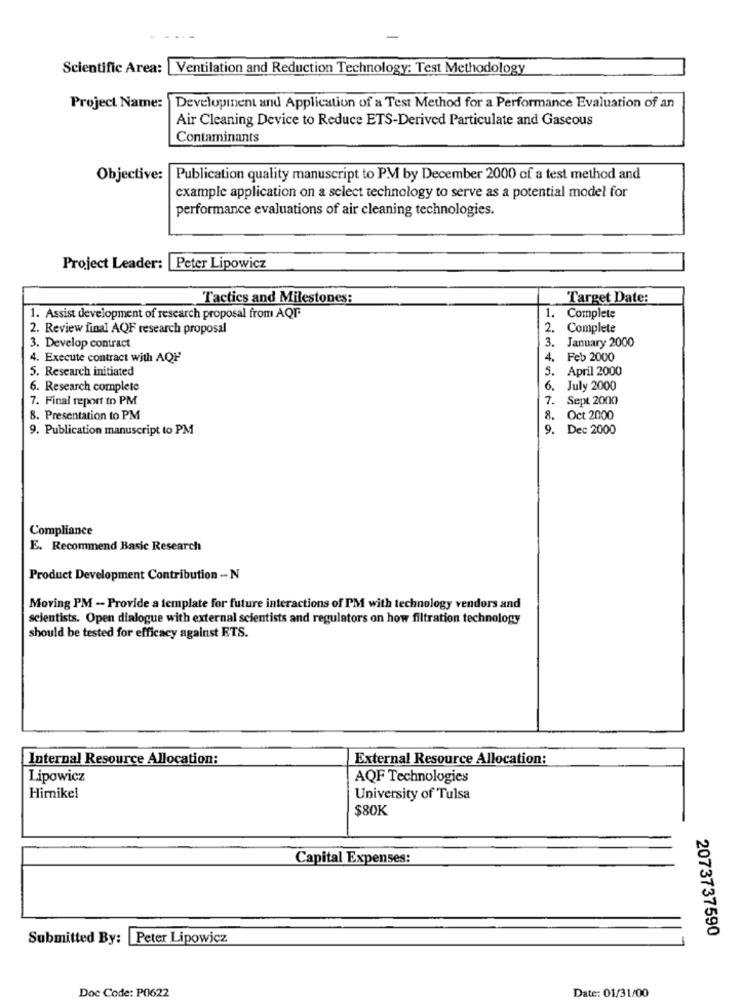
Scientific Area:[
Ventilation and Reduction Technology: Test Methodology
Project Name:
Development and Application of a Test Method for a Performance Evaluation of an
Air Cleaning Device to Reduce ETS-Derived Particulate and Gaseous
Contaminants
Objective: Publication quality manuscript to PM by December 2000 of a test method and
example application on a select technology to serve as a potential model for
performance evaluations of air cleaning technologies.
Project Leader: Peter Lipowicz
Tactics and Milestones:
Target Date:
1. Assist development of research proposal from AQF
1. Complete
2. Review final AQF research proposal
2. Complete
3. January 2000
3. Develop contract
4. Execute contract with AQF
4. Feb 2000
5. Research initiated
5. April 2000
6. Research complete
July 2000
7. Final report to PM
. Sept 2000
8. Presentation to PM
8. Oct 2000
9. Publication manuscript to PM
. Dec 2000
Compliance
E. Recommend Basic Research
Product Development Contribution -N
Moving PM - Provide a template for future interactions of PM with technology vendors and
scientists. Open dialogue with external scientists and regulators on how filtration technology
should be tested for efficacy against ETS.
Internal Resource Allocation:
External Resource Allocation:
Lipowicz
AQF Technologies
Hirnikel
University of Tulsa
$80K
Capital Expenses:
Submitted By: Peter Lipowicz
2073737590
Doc Code: P0622
Date: 01/31/00